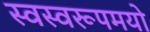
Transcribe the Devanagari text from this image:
स्वस्वरूपमयो